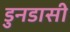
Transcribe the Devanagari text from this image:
डुनडासी